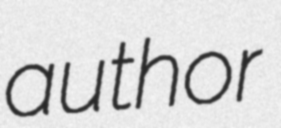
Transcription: author